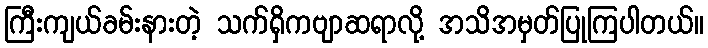
ကြီးကျယ်ခမ်းနားတဲ့ သက်ရှိကဗျာဆရာလို့ အသိအမှတ်ပြုကြပါတယ်။